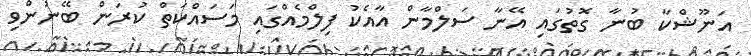
އަނޫޝްކާ ބުނާ ގޮތުގައި އޭނާ ސަލްމާން އާއެކު ފިލްމެއްގައި މަސައްކަތް ކުރަން ބޭނުންވި